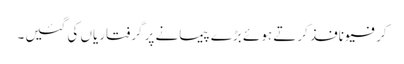
کرفیو نافذ کرتے ہوئے بڑے پیمانے پر گرفتاریاں کی گئیں۔